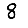
Digit: 8